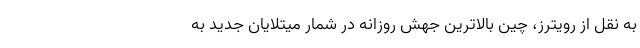
به نقل از رویترز، چین بالاترین جهش روزانه در شمار میتلایان جدید به